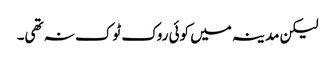
لیکن مدینہ میں کوئی روک ٹوک نہ تھی۔